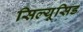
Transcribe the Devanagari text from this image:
सिल्यूसिड